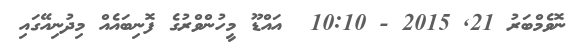
ނޮވެމްބަރު 21